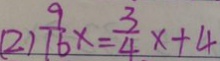
( 2 ) \frac { 9 } { 1 6 } x = \frac { 3 } { 4 } x + 4